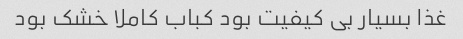
غذا بسیار بی کیفیت بود کباب کاملا خشک‌ بود